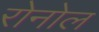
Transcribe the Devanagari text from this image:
रोनोल